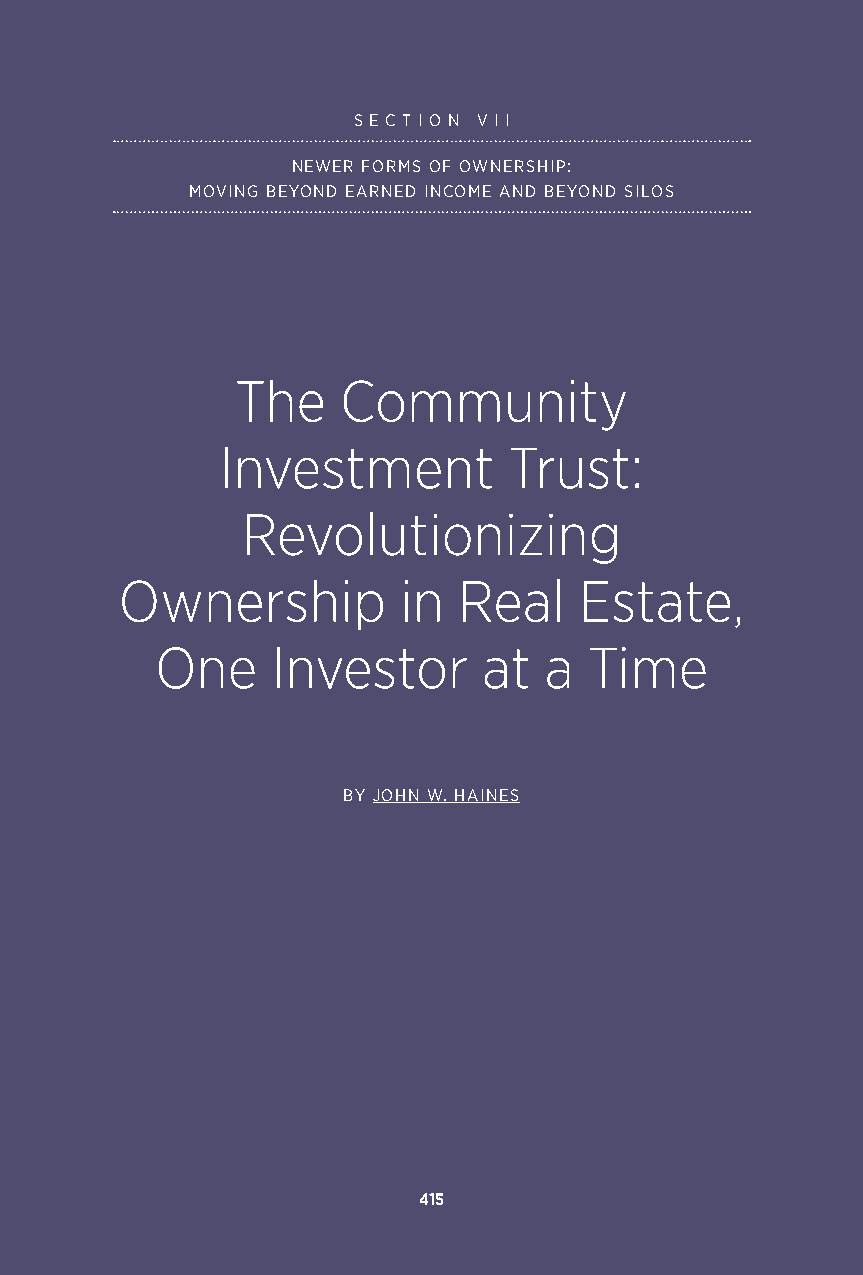
S E C T I O N V I I
 NEWER FORMS OF OWNERSHIP:
 MOVING BEYOND EARNED INCOME AND BEYOND SILOS
 The   Community
 Investment         Trust:
 Revolutionizing
 Ownership         in  Real    Estate,
 One     Investor      at  a  Time
 BY JOHN W. HAINES
 415